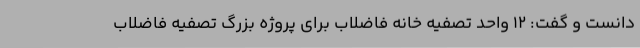
دانست و گفت: 12 واحد تصفیه خانه فاضلاب برای پروژه بزرگ تصفیه فاضلاب